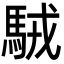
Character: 駥